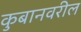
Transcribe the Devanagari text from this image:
कुबानवरील